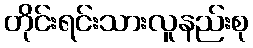
တိုင်းရင်းသားလူနည်းစု